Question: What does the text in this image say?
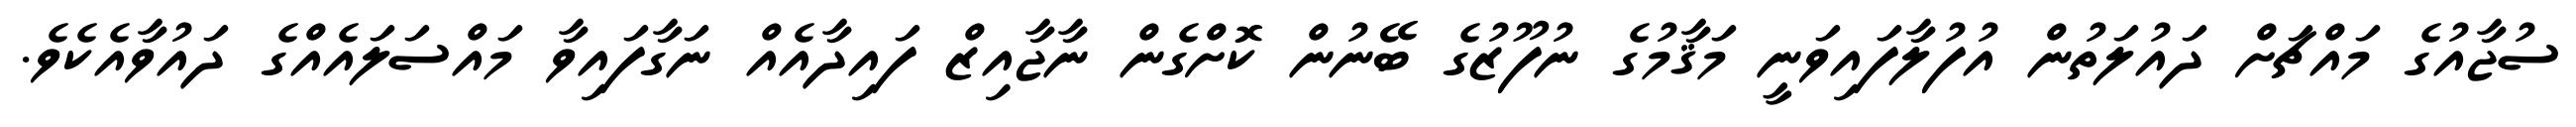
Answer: ސުޖާއުގެ މައްޗަށް ދައުލަތުން އުފުލާފައިވަނީ މަޤާމުގެ ނުފޫޒުގެ ބޭނުން ކޮށްގެން ނާޖާއިޒް ފައިދާއެއް ނަގާފައިވާ މައްސަލައެއްގެ ދައުވާއެކެވެ.